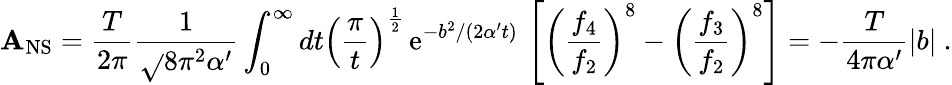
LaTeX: {\cal\mathbf{A}}_{\mathrm{{NS}}}=\frac{{T}}{{2\pi}}{\frac{{1}}{{\sqrt{}{{8\pi^{2}\alpha^{\prime}}}}}}\int_{0}^{\infty}{dt}\left(\frac{{\pi}}{{t}}\right)^{\frac{{1}}{{2}}}\, \mathrm{{e}}^{-b^{2}/(2\alpha^{\prime}t)}\, \left[\left({\frac{{f_{4}}}{{f_{2}}}}\right)^{8}-\left({\frac{{f_{3}}}{{f_{2}}}}\right)^{8}\right]=-{\frac{{T}}{{4\pi\alpha^{\prime}}}}|b|~.